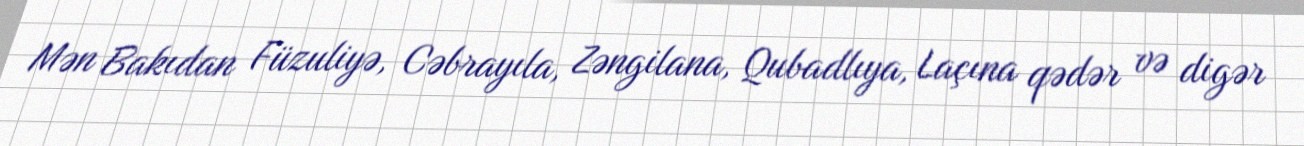
Mən Bakıdan Füzuliyə, Cəbrayıla, Zəngilana, Qubadlıya, Laçına qədər və digər